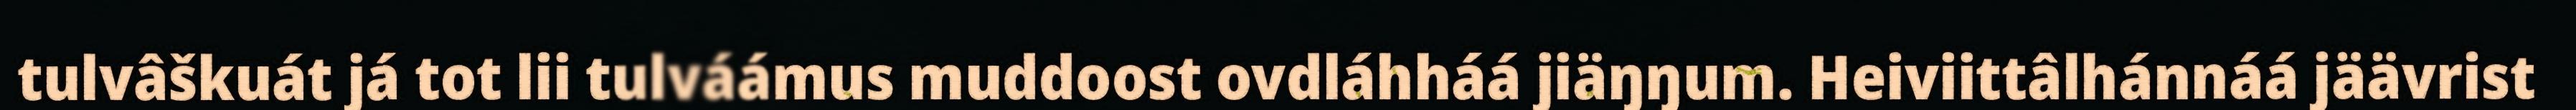
tulvâškuát já tot lii tulváámus muddoost ovdláhháá jiäŋŋum. Heiviittâlhánnáá jäävrist